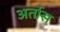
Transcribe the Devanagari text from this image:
अर्तास